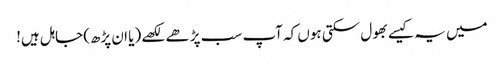
میں یہ کیسے بھول سکتی ہوں کہ آپ سب پڑھے لکھے (یا ان پڑھ) جاہل ہیں!